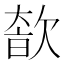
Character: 𣣩